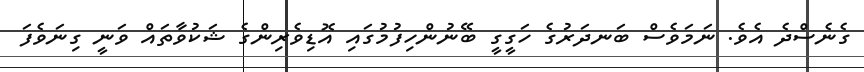
ގެނެސްދެ އެވެ. ނަމަވެސް ބަނދަރުގެ ހަގީގީ ބޭނުންހިފުމުގައި އޮޑިވެރިންގެ ޝަކުވާތައް ވަނީ ގިނަވެފަ